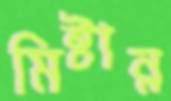
মিষ্টান্ন